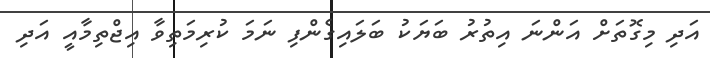
އަދި މިގޮތަށް އަންނަ އިތުރު ބަޔަކު ބަލައިގެންފި ނަމަ ކުރިމަތިވާ އިޖްތިމާއީ އަދި